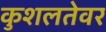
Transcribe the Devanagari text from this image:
कुशलतेवर